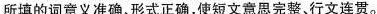
所填的词意义准确,形式正确,使短文意思完整、行文连贯。